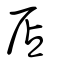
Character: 扂